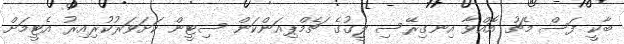
ބާކީ ފަސް މެޗު އޮއްވާ އިނގިރޭސި ލީގުގެ ޗެމްޕިއަންކަން ސިޓީން ކަށަވަރުކުރިއިރު އެޓީމަށް